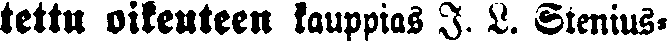
tettu oikeuteen kauppias I. L. Stenius-